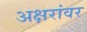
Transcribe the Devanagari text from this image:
अक्षरांवर